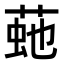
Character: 𦴍